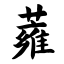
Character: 蕹